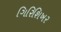
ગિરિશિખર